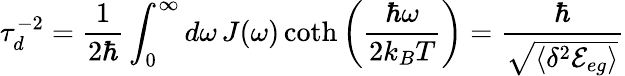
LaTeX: \tau_{d}^{-2}=\frac{1}{2\hbar}\int_{0}^{\infty}d\omega\, J(\omega)\coth\left(\frac{\hbar\omega}{2k_{B}T}\right)=\frac{\hbar}{\sqrt{\langle\delta^{2}{\mathcal{E}}_{eg}\rangle}}